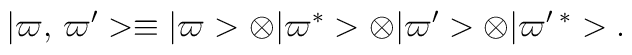
\vert \varpi,\, \varpi'> \equiv\vert \varpi > \otimes \vert \varpi^*  > \otimes\vert \varpi' > \otimes \vert \varpi'\,^*  >.